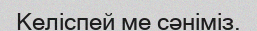
Келіспей ме сәніміз.